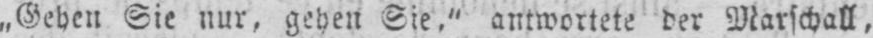
„Gehen Sie nur, gehen Sie.“ antwortete der Marschall,